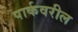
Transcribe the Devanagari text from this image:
पार्कवरील